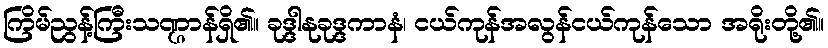
ကြိမ်ညွန့်ကြီးသဏ္ဌာန်ရှိ၏။ ခုဒ္ဒါနုခုဒ္ဒကာနံ၊ ငယ်ကုန်အလွန်ငယ်ကုန်သော အရိုးတို့၏။